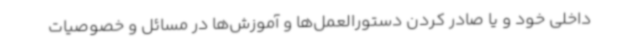
داخلی خود و یا صادر کردن دستورالعمل‌ها و آموزش‌ها در مسائل و خصوصیات